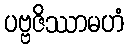
ပဗ္ဗဇိဿာမဟံ